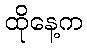
ထိုနေ့က